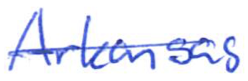
Text: Arkansas
Cross-out: single-line
Writing tool: ballpoint